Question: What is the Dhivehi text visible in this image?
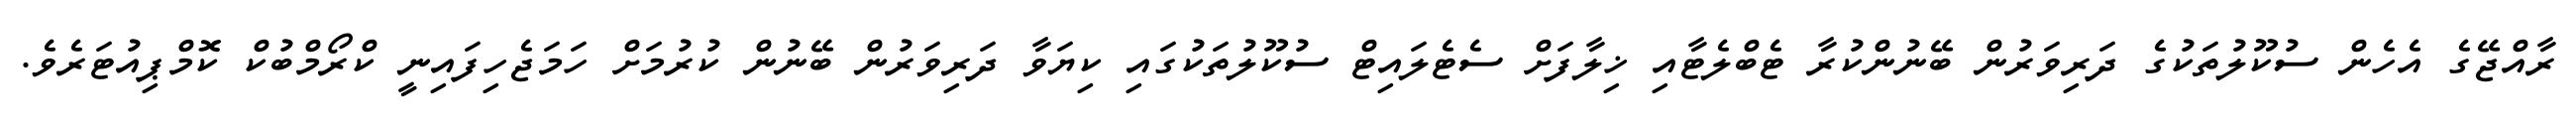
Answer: ރާއްޖޭގެ އެހެން ސުކޫލުތަކުގެ ދަރިވަރުން ބޭނުންކުރާ ޓެބްލެޓާއި ޚިލާފަށް ސެޓެލައިޓް ސުކޫލުތަކުގައި ކިޔަވާ ދަރިވަރުން ބޭނުން ކުރުމަށް ހަމަޖެހިފައިނީ ކްރޯމްބުކް ކޮމްޕިއުޓަރެވެ.